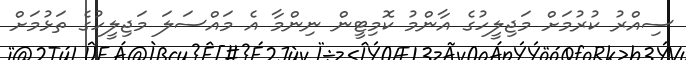
ސިއްރު ކުރުމަށް މަޖިލީހުގެ އާންމު ކޮމިޓީން ނިންމާ އެ މައްސަލަ މަޖިލީހުގެ ތަޅުމަށް